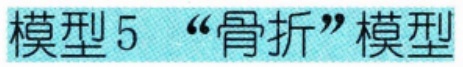
模型 5 “骨折”模型